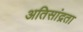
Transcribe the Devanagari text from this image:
अतिसांद्रता